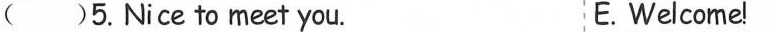
( )5. Nice to meet you. E. Welcome!